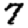
Digit: 7